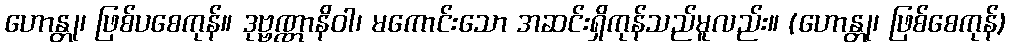
ဟောန္တု၊ ဖြစ်ပစေကုန်။ ဒုဗ္ဗဏ္ဏာနိဝါ၊ မကောင်းသော အဆင်းရှိကုန်သည်မူလည်း။ (ဟောန္တု၊ ဖြစ်စေကုန်)